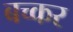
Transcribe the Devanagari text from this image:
बच्कर